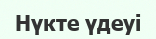
Нүкте үдеуі